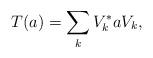
LaTeX: \begin{align*}T(a) = \sum_k V^*_k a V_k,\end{align*}